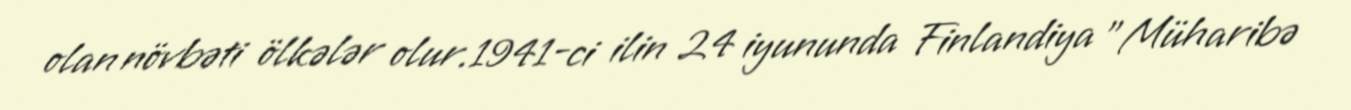
olan növbəti ölkələr olur.1941-ci ilin 24 iyununda Finlandiya "Müharibə